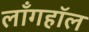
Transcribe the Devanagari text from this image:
लाँगहॉल